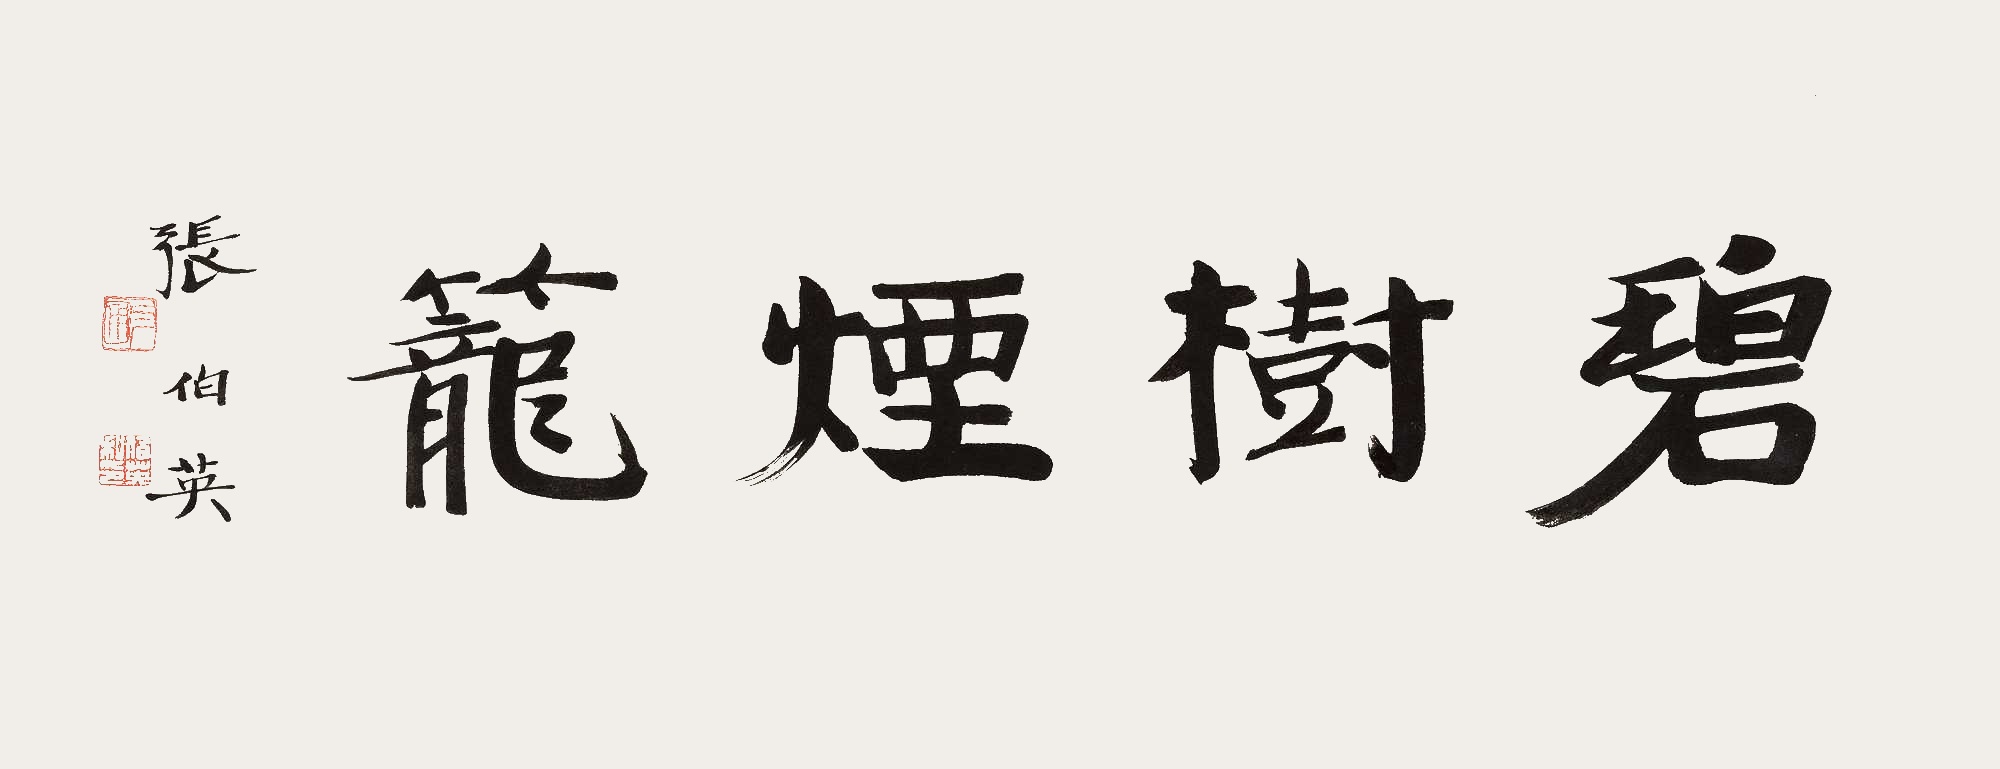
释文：碧树烟笼张伯英。